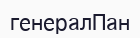
генералПан